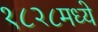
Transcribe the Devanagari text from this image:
१८२८मध्ये